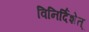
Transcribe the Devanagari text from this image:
विनिर्दिशेत्